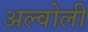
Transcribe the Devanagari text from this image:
अल्वोली